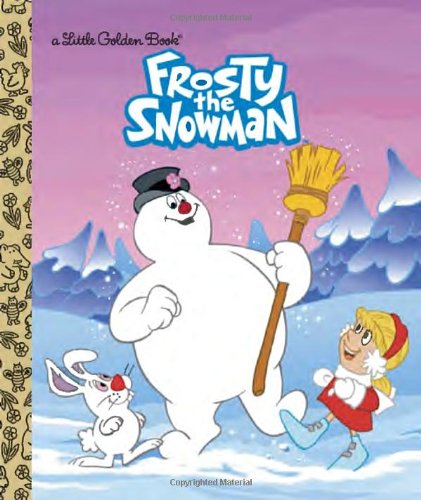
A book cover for Frosty the Snowman (Frosty the Snowman) (Little Golden Book); Diane Muldrow; Children's Books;